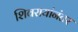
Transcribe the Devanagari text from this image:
शिवरायांनंतर